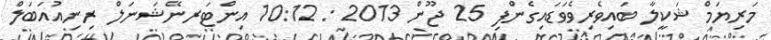
މަރިޔަމް ޝަކީލާ ބައިވެރިވެވަޑައިގެންފި 25 ޖޫން 2013 : 10:12 އިންޓަރނޭޝަނަލް ރިނިއުއަބަލް